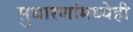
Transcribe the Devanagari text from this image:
सुधारणांमध्येही